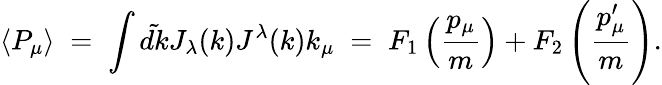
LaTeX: \langle P_{\mu}\rangle\; =\; \int\tilde{dk}J_{\lambda}(k)J^{\lambda}(k)k_{\mu}\; =\; F_{1}\left({\frac{p_{\mu}}{m}}\right)+F_{2}\left({\frac{p_{\mu}^{\prime}}{m}}\right).